画像に写った文字を読んでください
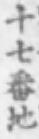
「十七番地」と書いてあります